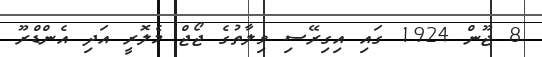
8 ޖޫން 1924 ގައި އިގިރޭސި ވިލާތުގެ ޖޯޖް މެލޮރީ އަދި އެންޑްރޫ